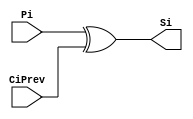
// SPDX-FileCopyrightText: 2020 Efabless Corporation
//
// Licensed under the Apache License, Version 2.0 (the "License");
// you may not use this file except in compliance with the License.
// You may obtain a copy of the License at
//
//      http://www.apache.org/licenses/LICENSE-2.0
//
// Unless required by applicable law or agreed to in writing, software
// distributed under the License is distributed on an "AS IS" BASIS,
// WITHOUT WARRANTIES OR CONDITIONS OF ANY KIND, either express or implied.
// See the License for the specific language governing permissions and
// limitations under the License.
// SPDX-License-Identifier: Apache-2.0

module Triangle(output Si, input Pi, CiPrev);
  
  xor  (Si, Pi, CiPrev);
  
endmodule